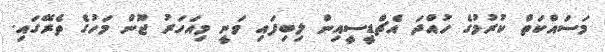
މަސައްކަތް ކުރުމުގެ ހުއްދަ އެޗްޑީސީއިން ލިބިފައި ވަނީ މިއަހަރު ޖޫން މަހުގެ ތެރޭގައި.